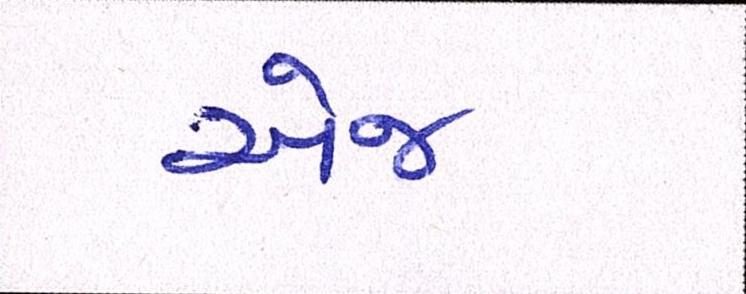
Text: એજ